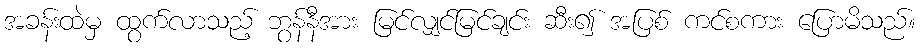
အခန်းထဲမှ ထွက်လာသည့် ဘွန်နီအား မြင်လျှင်မြင်ချင်း ဆီး၍ အပြစ် ကင်စကား ပြောမိသည်။